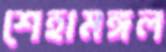
শেহামঙ্গল